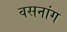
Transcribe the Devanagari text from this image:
वसनांग